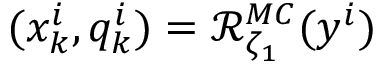
( x _ { k } ^ { i } , q _ { k } ^ { i } ) = \mathcal { R } _ { \zeta _ { 1 } } ^ { M C } ( y ^ { i } )